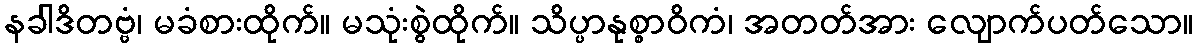
နခါဒိတဗ္ဗံ၊ မခံစားထိုက်။ မသုံးစွဲထိုက်။ သိပ္ပာနုစ္စာဝိကံ၊ အတတ်အား လျောက်ပတ်သော။